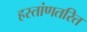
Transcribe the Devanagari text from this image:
हस्तांणतरित